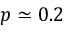
p \simeq 0 . 2